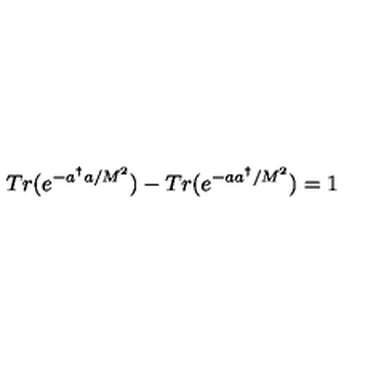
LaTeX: T r ( e ^ { - a ^ { \dagger } a / M ^ { 2 } } ) - T r ( e ^ { - a a ^ { \dagger } / M ^ { 2 } } ) = 1